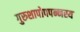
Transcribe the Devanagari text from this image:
गुरुशापोपपन्नस्य